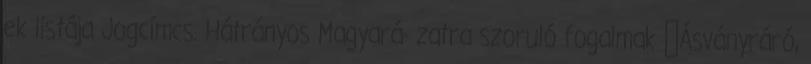
ek listája Jogcímcs. Hátrányos Magyará- zatra szoruló fogalmak ▪Ásványráró,